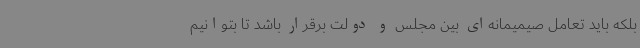
بلکه باید تعامل صیمیمانه‌ای بین مجلس و دولت برقرار باشد تا بتوانیم